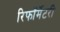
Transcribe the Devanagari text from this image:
रिफॉर्मेटरी